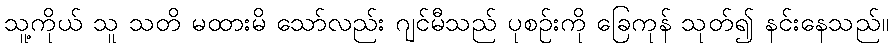
သူ့ကိုယ် သူ သတိ မထားမိ သော်လည်း ဂျင်မီသည် ပုစဉ်းကို ခြေကုန် သုတ်၍ နင်းနေသည်။